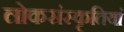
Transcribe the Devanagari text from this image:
लोकसंस्कृतियां